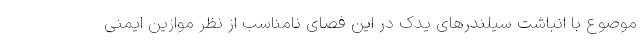
موصوع با انباشت سیلندرهای یدک در این فضای نامناسب از نظر موازین ایمنی